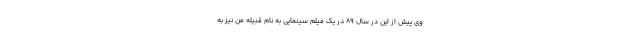
وی پیش از این در سال 89 در یک فیلم سینمایی به نام قبیله من نیز به